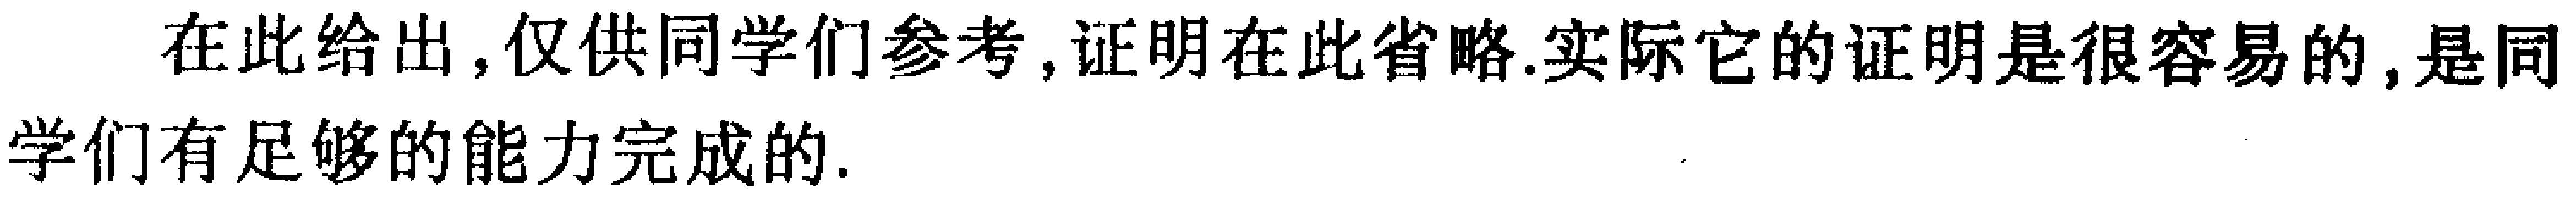
在此给出，仅供同学们参考,证明在此省略.实际它的证明是很容易的,是同学们有足够的能力完成的.